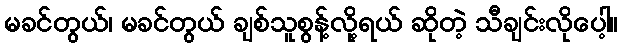
မခင်တွယ်၊ မခင်တွယ် ချစ်သူစွန့်လို့ရယ် ဆိုတဲ့ သီချင်းလိုပေါ့။